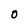
Character: 0